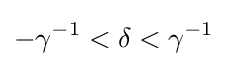
-\gamma ^{-1}<\delta <\gamma ^{-1}